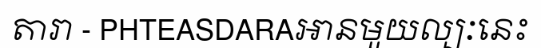
តារា - PHTEASDARAអានមួយល្បៈនេះ